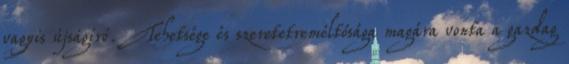
vagyis újságíró. Tehetsége és szeretetreméltósága magára vonta a gazdag